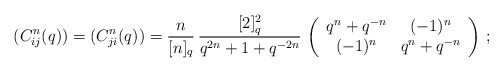
\begin{align*}(C^n_{ij}(q))=(C^n_{ji}(q))= \frac{n}{[n]_q}\,\frac{[2]_q^2}{q^{2n}+1+q^{-2n}}\,\left (\begin{array}{cc}q^n+q^{-n} & (-1)^n\\(-1)^n & q^n+q^{-n}\end{array} \right )\,;\end{align*}